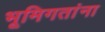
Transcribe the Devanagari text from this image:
भूमिगतांना